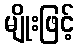
မျိုးဖြင့်